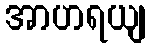
အာဟရယျ